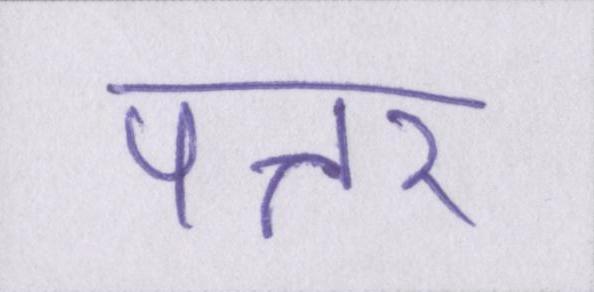
पत्तर